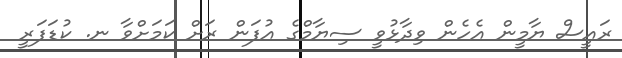
ރައީސް ޔާމީން އެހެން ވިދާޅުވީ ސިޔާމްގެ އުފަން ރަށް ކަމަށްވާ ނ. ކުޑަފަރީ